Jaan_Tonisson_(Lasteleht), lk 123
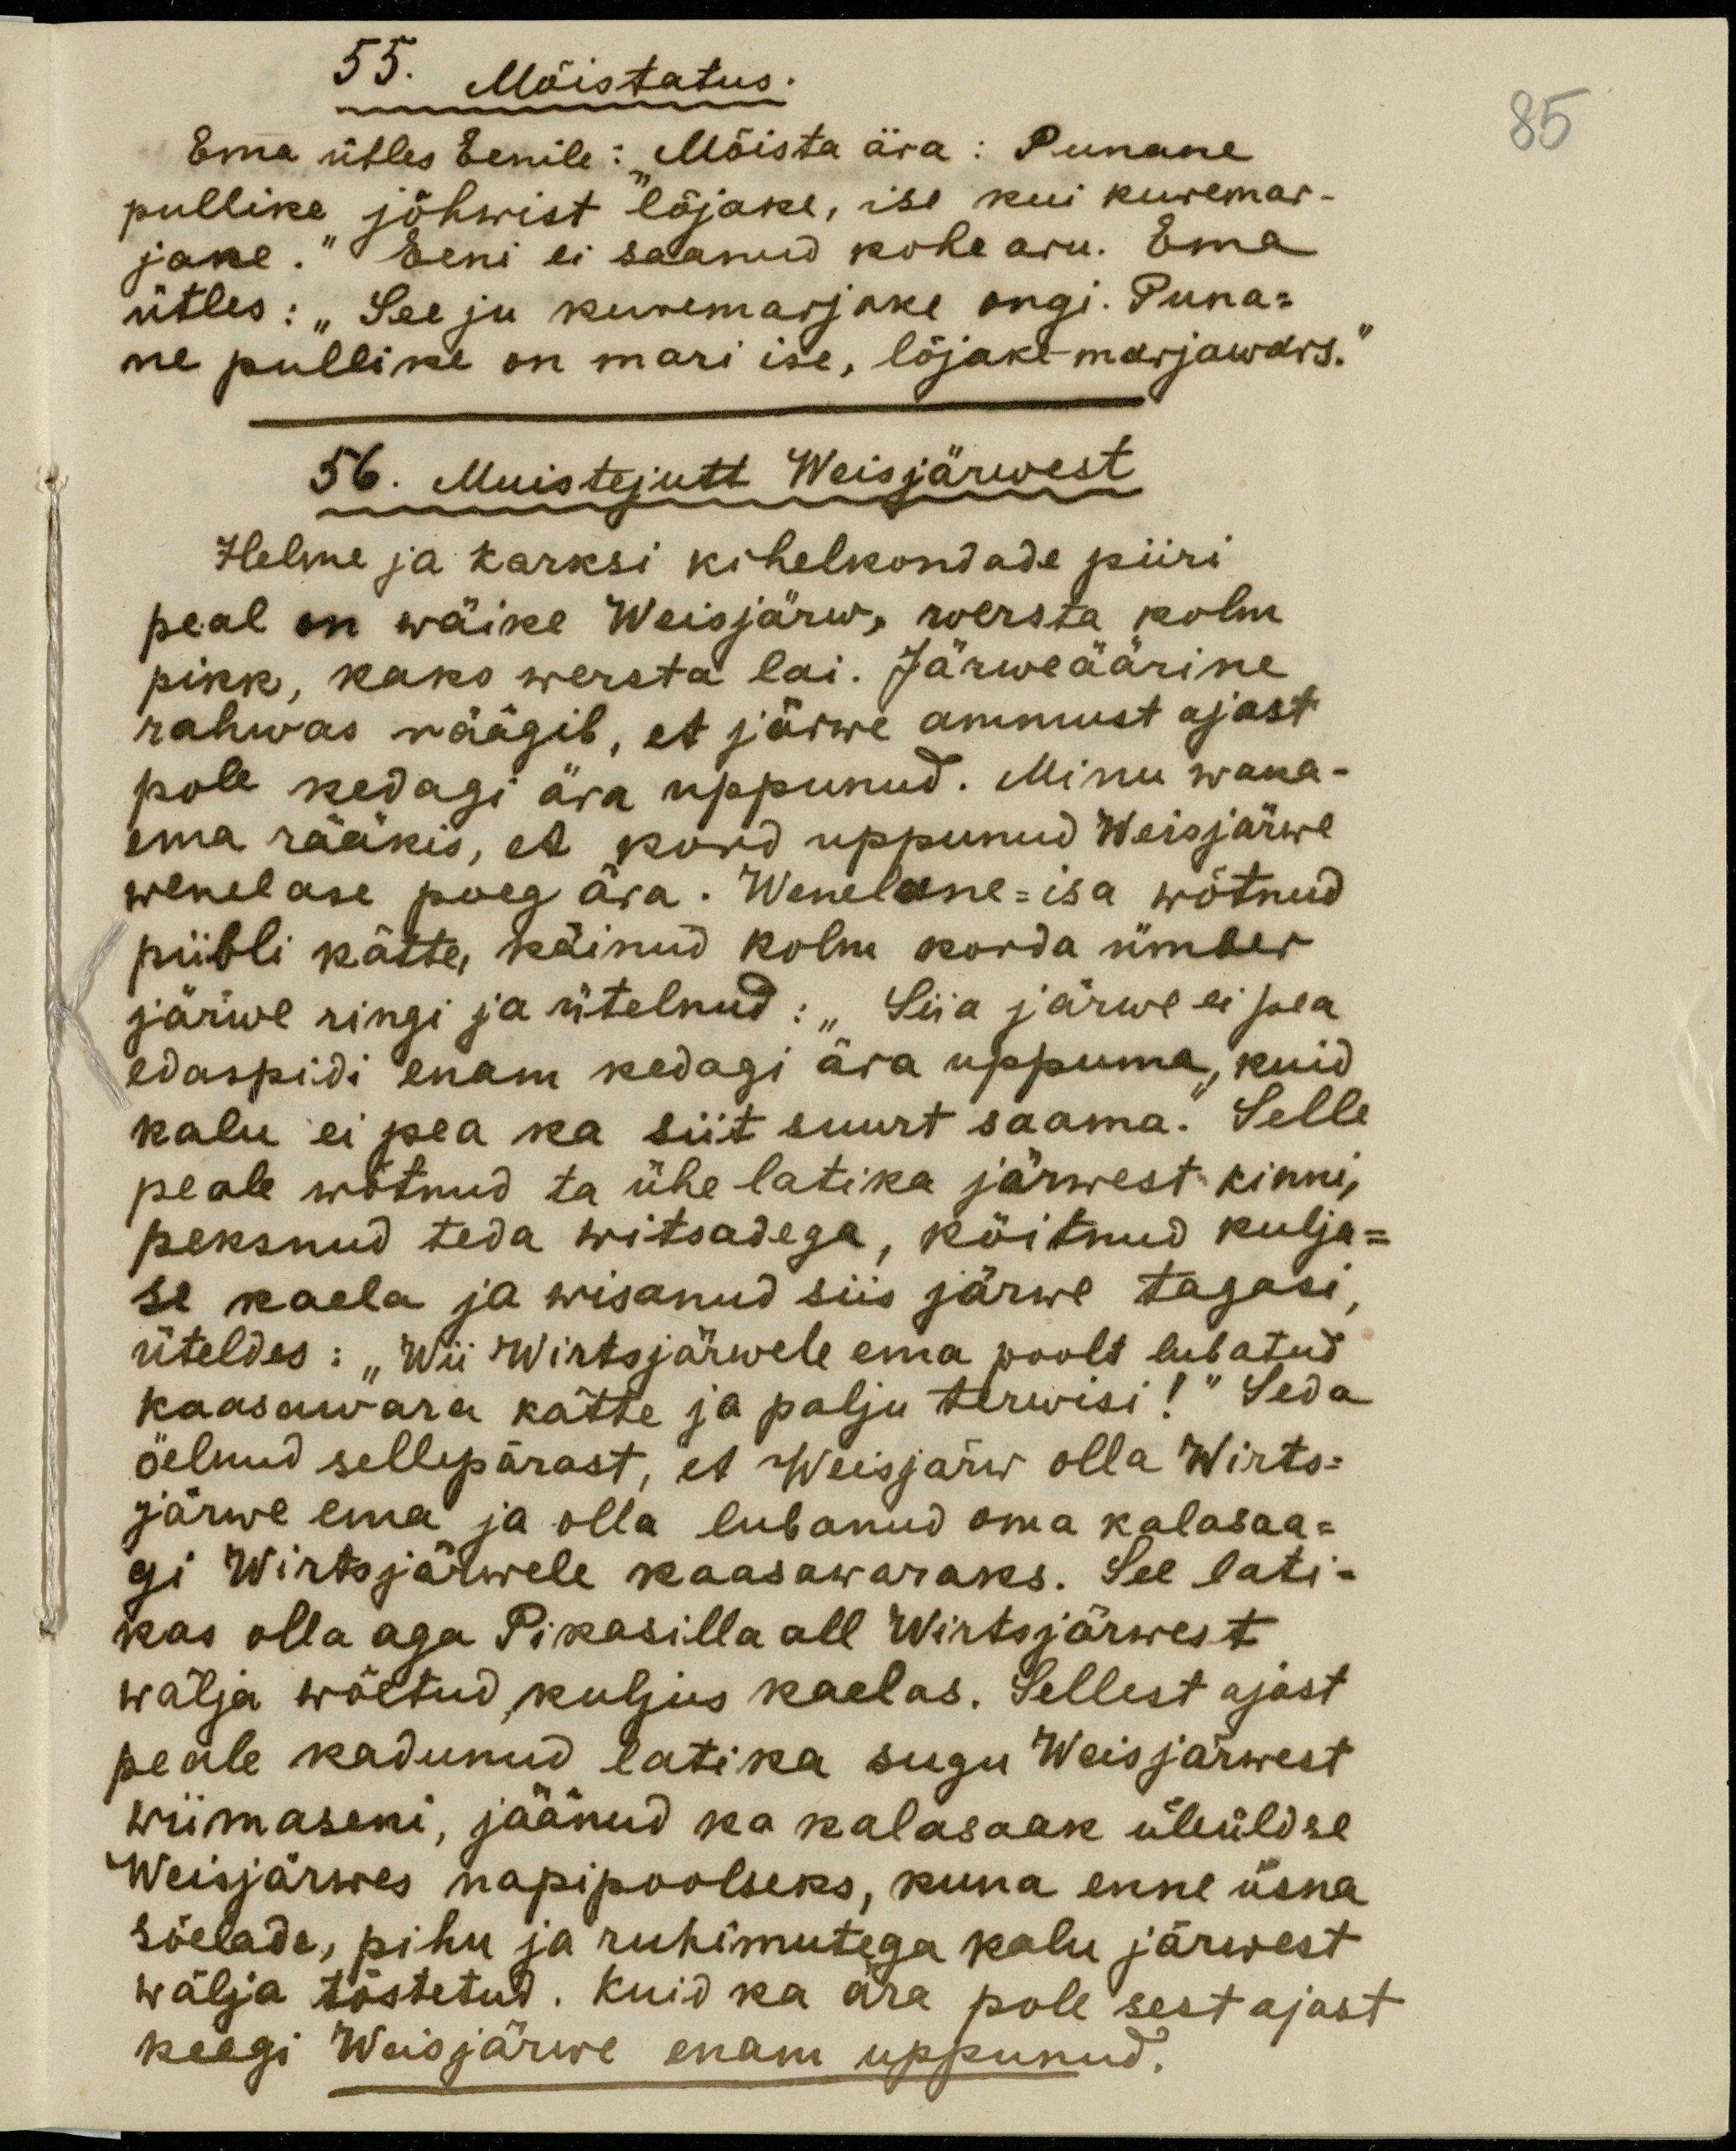
55. Mõistatus.
Ema ütles Eenile: "Mõista ära: Punane
pullike jõhwist lõjake, ise kui kuremar-
jane." Eeni ei saanud kohe aru. Ema
ütles: "See ju kuremarjake ongi. Puna-
ne pullike on mari ise, lõjake - marjawars."
56. Muistejutt Weisjärwest
Helme ja Karksi kihelkondade piiri
peal on wäike Weisjärw, wersta kolm
pikk, kaks wersta lai. Järweäärine
rahwas räägib, et järwe ammust ajast
pole kedagi ära uppunud. Minu wana-
ema rääkis, et kord uppunud Weisjärwe
wenelase poeg ära. Wenelane - isa wõtnud
piibli kätte, käinud kolm korda ümber
järwe ringi ja ütelnud: "Siia järwe ei pea
edaspidi enam kedagi ära uppuma, kuid
kalu ei pea ka siit suurt saama." Selle
peale wõtnud ta ühe latika järwest kinni,
peksnud teda witsadega, kõitnud kulja-
se kaela ja wisanud siis järwe tagasi,
üteldes: "Wii Wirtsjärwele ema poolt lubatud
kaasawara kätte ja palju terwisi!" Seda
öelnud sellepärast, et Weisjärw olla Wirts-
järwe ema ja olla lubanud oma kalasaa-
gi Wirtsjärwele kaasawaraks. See lati-
kas olla aga Pikasilla all Wirtsjärwest
wälja wõetud, kuljus kaelas. Sellest ajast
peale kadunud latika sugu Weisjärwest
wiimaseni, jäänud ka kalasaak üleüldse
Weisjärwes napipoolseks, kuna enne üsna
sõelada, pihu ja ruhimutega kalu järwest
wälja tõstetud. Kuid ka ära pole sest ajast
keegi Weisjärwe enam uppunud.
85